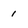
Character: 1